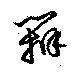
辯